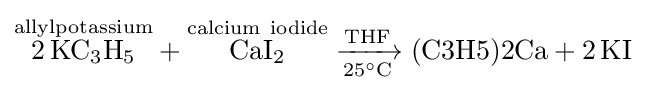
{{\overset {\mathrm {allylpotassium} }{2\,\mathrm {KC} {\vphantom {A}}_{\smash[{t}]{3}}\mathrm {H} {\vphantom {A}}_{\smash[{t}]{5}}}}{}+{}{\overset {\mathrm {calcium} \ \mathrm {iodide} }{\mathrm {CaI} {\vphantom {A}}_{\smash[{t}]{2}}}}{}\mathrel {\xrightarrow[{25{\vphantom {A}}^{\circ }{\ce {\mathrm {C} }}}]{\mathrm {THF} }} {}{\text{(C3H5)2Ca}}{}+{}2\,\mathrm {KI} }